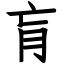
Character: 肓